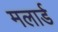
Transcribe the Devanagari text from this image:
मलार्ड